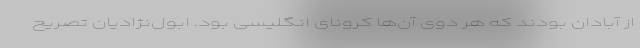
از آبادان بودند که هر دوی آن‌ها کرونای انگلیسی بود. ابول‌نژادیان تصریح